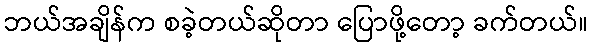
ဘယ်အချိန်က စခဲ့တယ်ဆိုတာ ပြောဖို့တော့ ခက်တယ်။